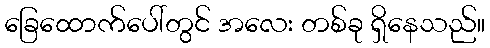
ခြေထောက်ပေါ်တွင် အလေး တစ်ခု ရှိနေသည်။